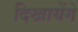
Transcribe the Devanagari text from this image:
दिखायेंगे